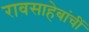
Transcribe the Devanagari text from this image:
रावसाहेबांचीं